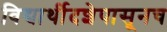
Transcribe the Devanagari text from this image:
विद्यार्थीदशेपासूनच